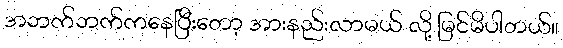
အဘက်ဘက်ကနေပြီးတော့ အားနည်းလာမယ် လို့ မြင်မိပါတယ်။